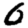
Digit: 0